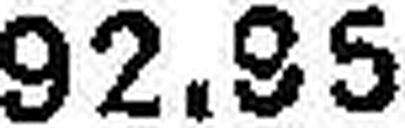
92.95